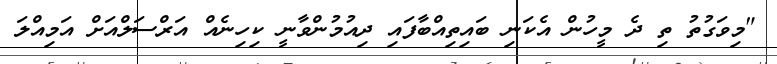
"މިވަގުތު ތި ދެ މީހުން އެކަނި ބައިތިއްބާފައި ދިއުމުންވާނީ ކިހިނެއް އަރްސަލްއަށް އަމިއްލަ